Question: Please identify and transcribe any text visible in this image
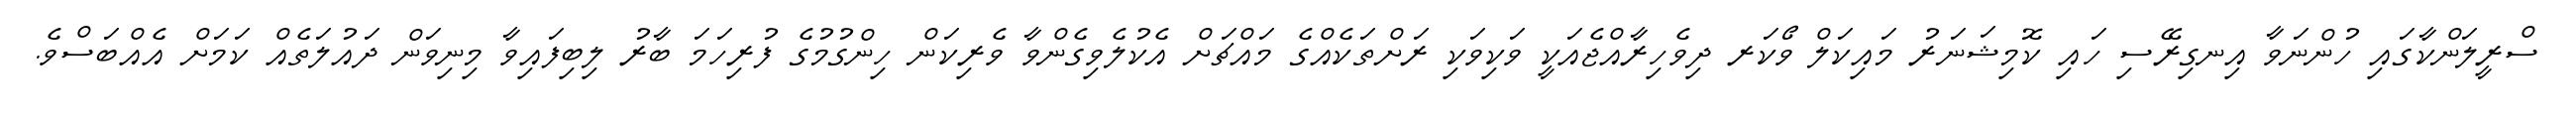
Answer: ސްރީލަންކާގައި ހުންނަވާ އިނގިރޭސި ހައި ކޮމިޝަނަރު މައިކަލް ވޯކަރ ދިވެހިރާއްޖެއަކީ ވަކިވަކި ރަށްތަކެއްގެ މައްޗަށް އެކުލެވިގެންވާ ވެރިކަން ހިންގުމުގެ ފުރިހަމަ ބާރު ލިބިފައިވާ މިނިވަން ދައުލަތެއް ކަމަށް އެއްބަސްވެ.